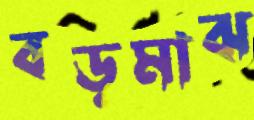
বড়মাঝ